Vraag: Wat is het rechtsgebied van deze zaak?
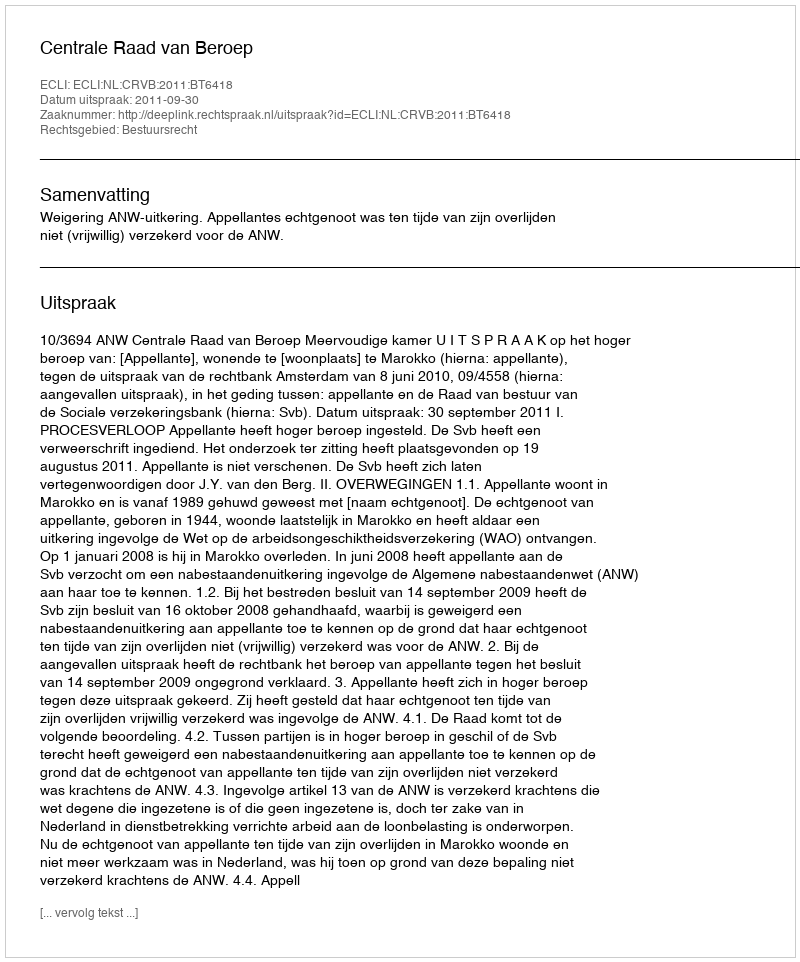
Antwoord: Bestuursrecht